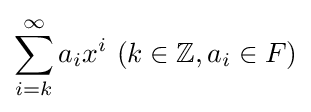
\sum _{i=k}^{\infty }a_{i}x^{i}\ (k\in \mathbb {Z} ,a_{i}\in F)